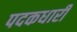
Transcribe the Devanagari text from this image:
पदकधारी